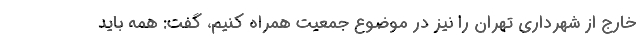
خارج از شهرداری تهران را نیز در موضوع جمعیت همراه کنیم، گفت: همه باید